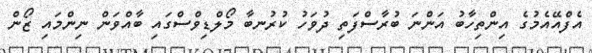
އެފްއޭއެމުގެ އިންތިހާބު އަންނަ ބުރާސްފަތި ދުވަހު ކުރުނބާ މޯލްޑިވްސްގައި ބާއްވަން ނިންމައި ޒޯން